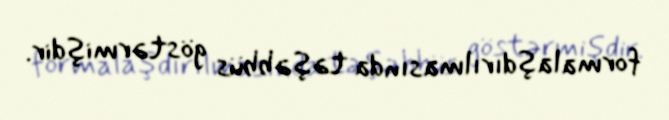
formalaşdırılmasında təşəbbüs göstərmişdir.